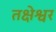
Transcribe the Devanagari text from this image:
तक्षेश्वर